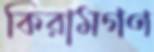
কিরামগণ